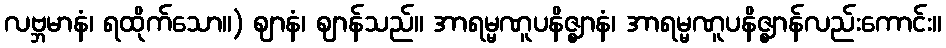
လဗ္ဘမာနံ၊ ရထိုက်သော။) ဈာနံ၊ ဈာန်သည်။ အာရမ္မဏူပနိဇ္ဈာနံ၊ အာရမ္မဏူပနိဇ္ဈာန်လည်းကောင်း။